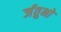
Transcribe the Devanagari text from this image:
र्जतुभों